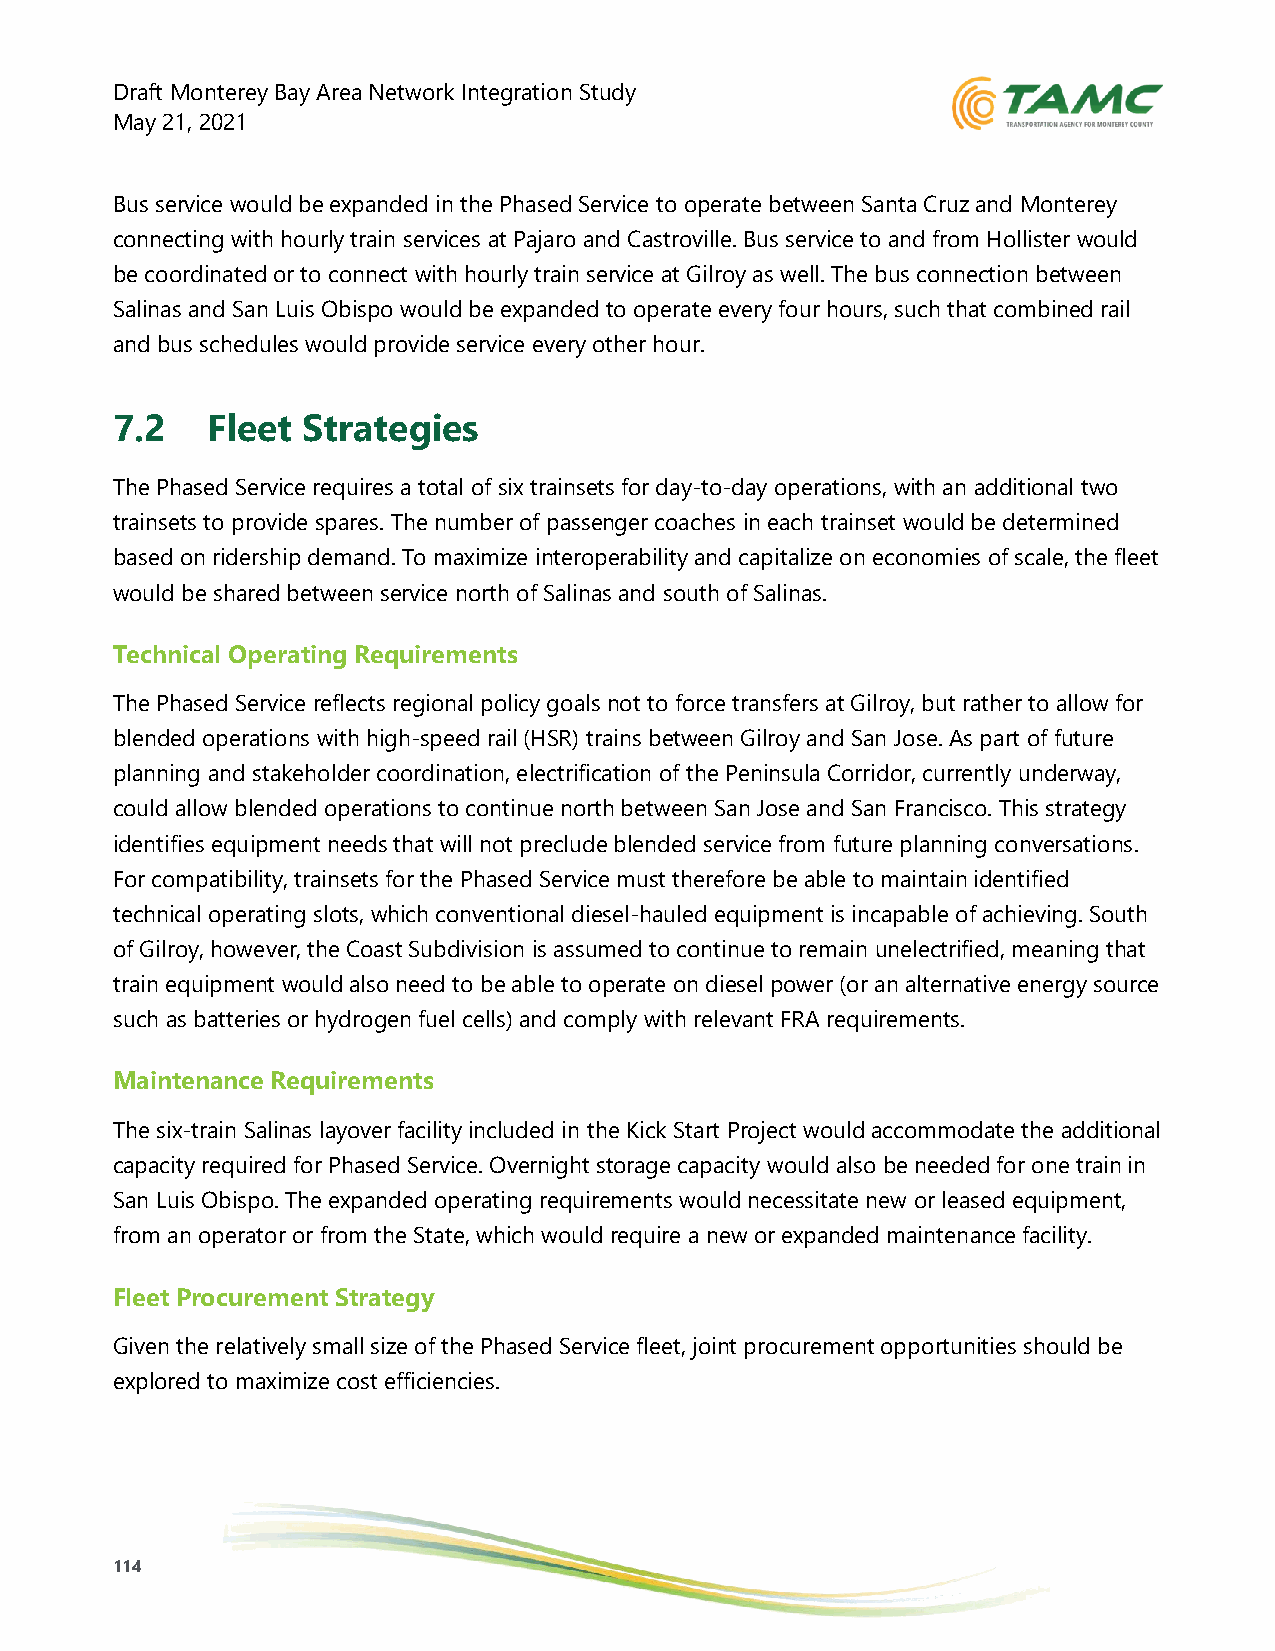
Draft Monterey Bay Area Network Integration Study
 May 21, 2021
 Bus service would be expanded in the Phased Service to operate between Santa Cruz and Monterey
 connecting with hourly train services at Pajaro and Castroville. Bus service to and from Hollister would
 be coordinated or to connect with hourly train service at Gilroy as well. The bus connection between
 Salinas and San Luis Obispo would be expanded to operate every four hours, such that combined rail
 and bus schedules would provide service every other hour.
 7.2    Fleet Strategies
 The Phased Service requires a total of six trainsets for day-to-day operations, with an additional two
 trainsets to provide spares. The number of passenger coaches in each trainset would be determined
 based on ridership demand. To maximize interoperability and capitalize on economies of scale, the fleet
 would be shared between service north of Salinas and south of Salinas.
 Technical Operating Requirements
 The Phased Service reflects regional policy goals not to force transfers at Gilroy, but rather to allow for
 blended operations with high-speed rail (HSR) trains between Gilroy and San Jose. As part of future
 planning and stakeholder coordination, electrification of the Peninsula Corridor, currently underway,
 could allow blended operations to continue north between San Jose and San Francisco. This strategy
 identifies equipment needs that will not preclude blended service from future planning conversations.
 For compatibility, trainsets for the Phased Service must therefore be able to maintain identified
 technical operating slots, which conventional diesel-hauled equipment is incapable of achieving. South
 of Gilroy, however, the Coast Subdivision is assumed to continue to remain unelectrified, meaning that
 train equipment would also need to be able to operate on diesel power (or an alternative energy source
 such as batteries or hydrogen fuel cells) and comply with relevant FRA requirements.
 Maintenance Requirements
 The six-train Salinas layover facility included in the Kick Start Project would accommodate the additional
 capacity required for Phased Service. Overnight storage capacity would also be needed for one train in
 San Luis Obispo. The expanded operating requirements would necessitate new or leased equipment,
 from an operator or from the State, which would require a new or expanded maintenance facility.
 Fleet Procurement Strategy
 Given the relatively small size of the Phased Service fleet, joint procurement opportunities should be
 explored to maximize cost efficiencies.
 114